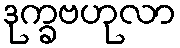
ဒုက္ခဗဟုလာ